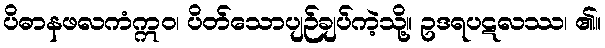
ပိဓာနဖလကံဣဝ၊ ပိတ်သောပျဉ်ချပ်ကဲ့သို့။ ဥဒရပဋလဿ၊ ၏။